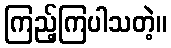
ကြည့်ကြပါသတဲ့။